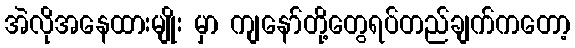
အဲလိုအနေထားမျိုး မှာ ကျနော်တို့တွေရပ်တည်ချက်ကတော့